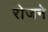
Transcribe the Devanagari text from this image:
रोजने